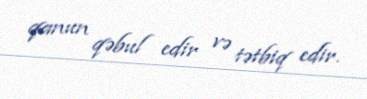
qanun qəbul edir və tətbiq edir.